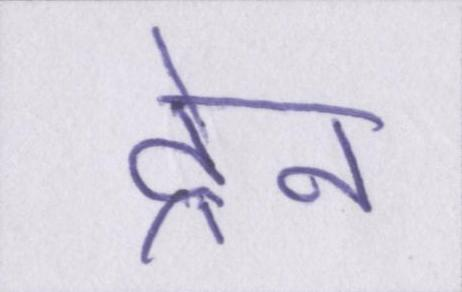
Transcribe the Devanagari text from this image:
ट्रेन